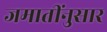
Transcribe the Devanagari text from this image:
जमातींनुसार